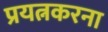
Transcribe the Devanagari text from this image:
प्रयत्नकरना